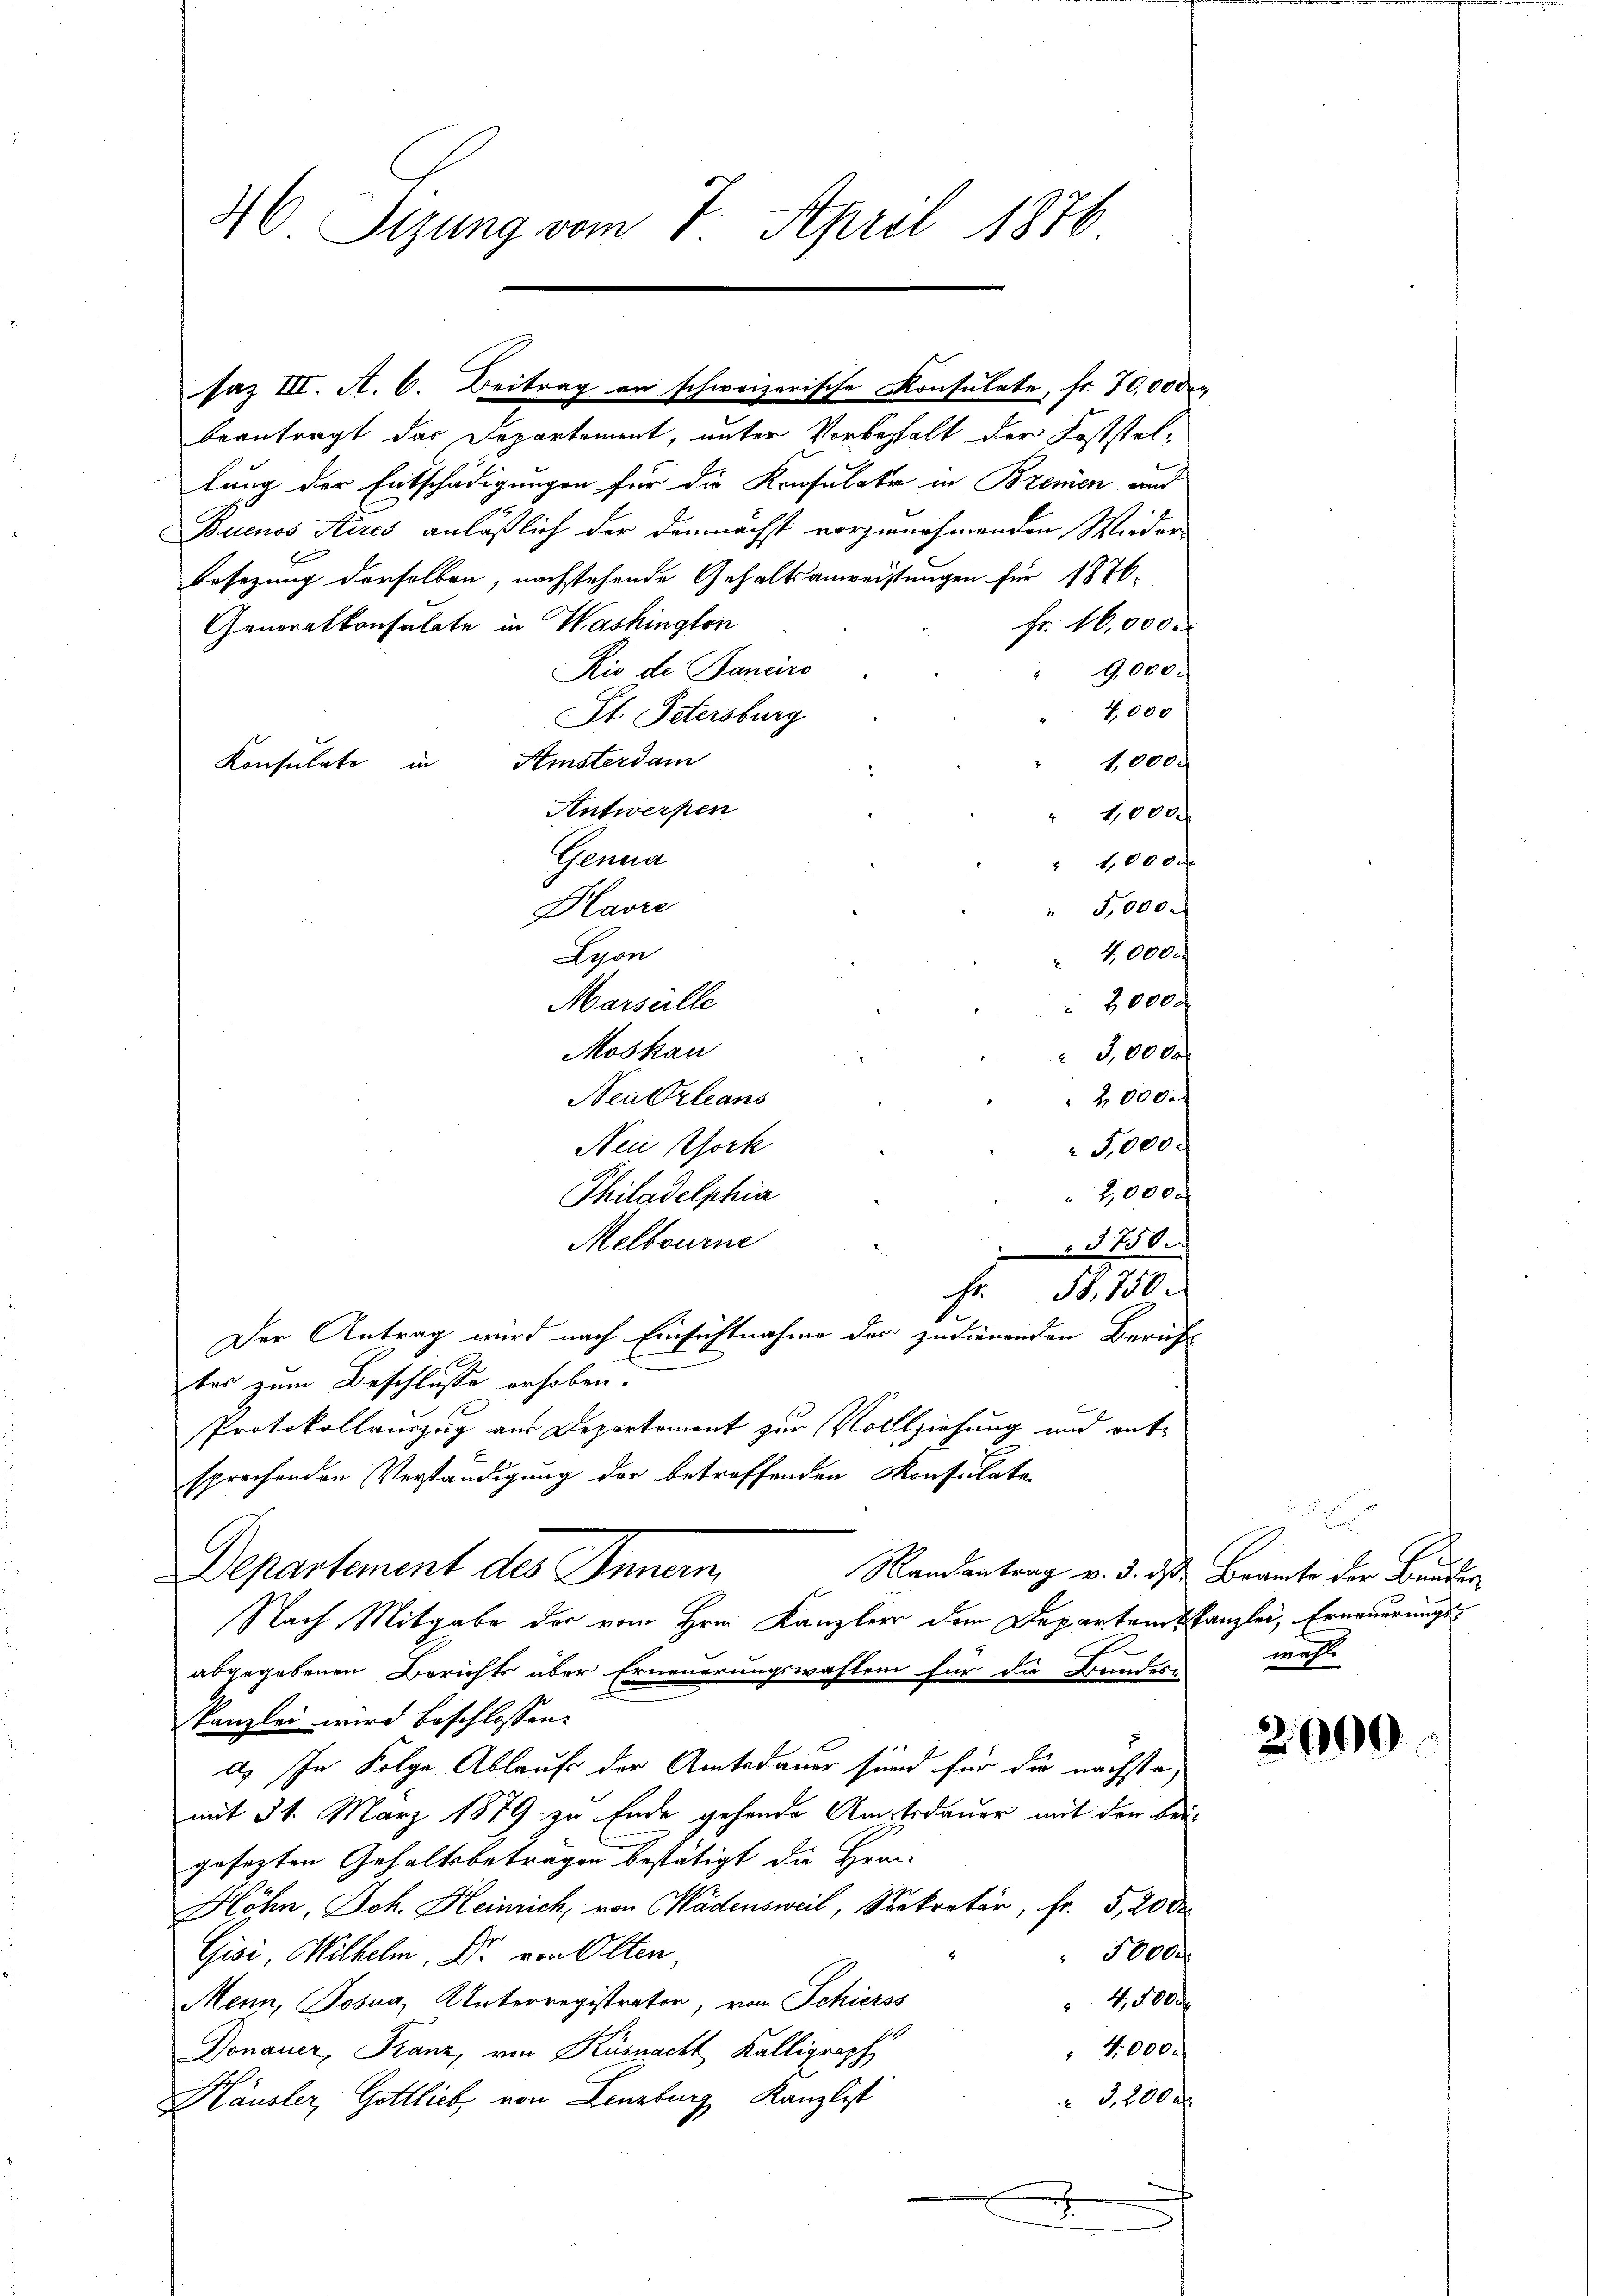
46 Sizung vom 7. April 1876.

lung der Entschädigungen für die Konsulate in Bremen und
Buenos Aires anläßlich der demnächst vorzunehmenden Wieder
Besetzung derselben, nachstehende Gehaltsanweistungen für 1876.
Fr. 16,000 M
Generalkonsulate in Washington
9,000
Rio de Banders
4,000
St. Petersburg
Konsulate in Histerdam
1,000.
Antwerpen
" 1,000
Genua
" 40000
Havre
" 5,000.
Lyon
 40000
Marseille
 2000.
Moskau
3,0000
Neutrleans
 20000
Nei Bork
5,000.
2,000
Philadelphia
Melbourne
3750.
Fr. 50,750.
.
Der Antrag wird nach Einsichtnahme der zudienenden Berufs
ber zum Beschlusse erhoben.
Protokollauszug aus Departement zur Vollziehung und rat
sprechenden Verständigung der betreffenden Monsulate
Departement des Innern,
Randantrag v. 3. ds Brante der Bauder
Nach Mitgabe der vom Hrn. Kanzler dem Departanskanzlei, Erneuerungss
abgegebenen Berichts über Erneuerungswahlen für die Bundes-
Kanzlei wird beschlossen:
d. In Folge Ablauf der Amtsdauer sind für die nächstemit 31. März 1879 zu Ende gehende Amtsdauer mit den beigesezten Gehaltsbetragen bestätigt die Hei¬
Höhn, Joh. Heinrich, von Wädensweil, Sekretär, Fr. 5, 20 d
 5000
Gisi, Wilhelm. Dr. von Olten,
4,500.
Menn, Josua, Unterregistrator, von Schierss
10
4,000.
Donauer, Franz, von Küsnacht Kalligraph
3,200 x
Häusler, Gottlieb, von Lenzburg, Kanzlist
J
.
d
e

saz III. A. 6. Beitrag an schweizerische Konsulate, fr. 70,00 der
beantragt das Departement, unter Vorbehalt der Feststel¬

wähl

2000